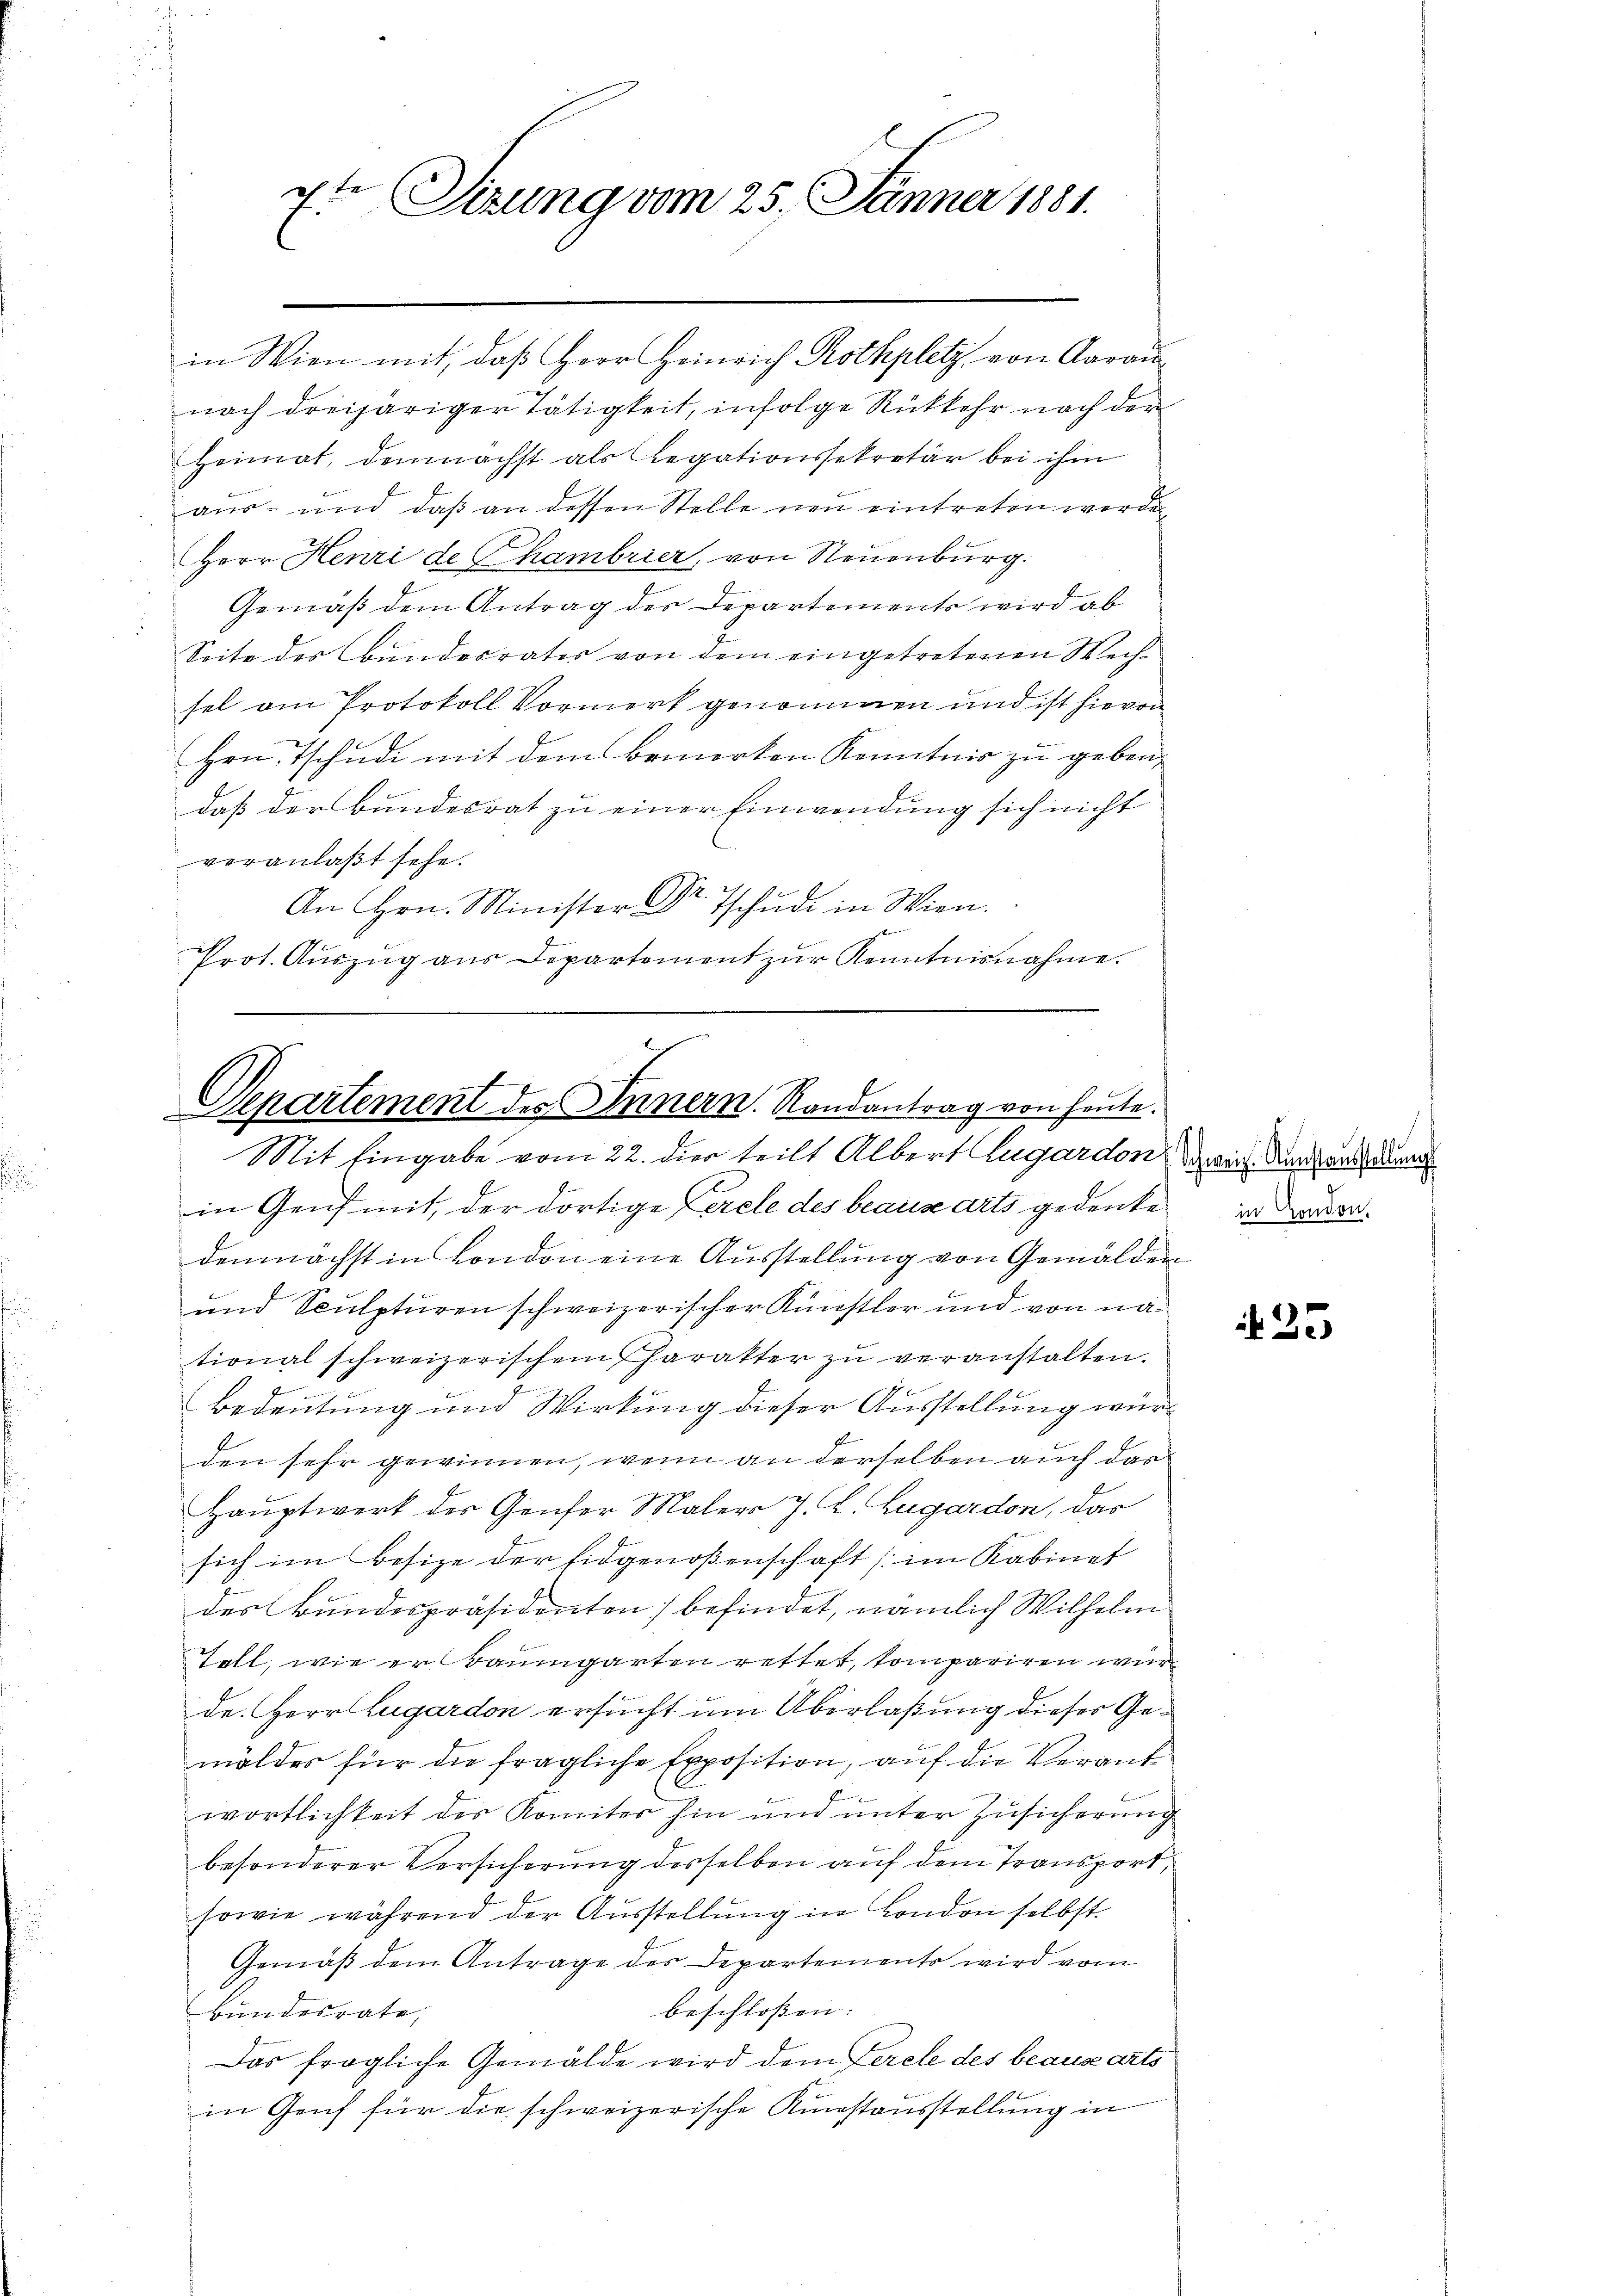
in Wien mit, daß Herr Heinrich Rothplatz, von Aarau
nach dreijäriger Tätigkeit, infolge Rückkehr nach der
Heimat, demnächst als Legationssekretär bei ihm
aus- und daß an dessen Stelle neu eintreten werden,
Herr Henri de Chambrier, von Neuenburg.
Gemäß dem Antrag der Departements wird ab
Seite des Bundesrates von dem eingetretenen Wechsel am Protokoll Vormerk genommen und ist hievon
Hrn. Tschudi mit dem Bemerken Kenntnis zu geben,
daß der Bundesrat zu einer Einwendung sich nicht
veranlaßt sehe.
An Hrn. Minister Dr.
tschudi in Wien.
Prot. Aŭszŭg aŭs Departement zŭr Kenntnisnahme.

2
te Sizung vom 25. Jänner 1881.

Departement des Innern. Randantrag von heute.
Mit Eingabe vom 22. dies teilt Albert Lugardon, wird. Dankbar au

in Genf mit, der dortige Percle des beause arts gedenke
demnächst in London eine Ausstellung von Gemälden
und Sculpturen schweizerischer Künstler und von nätional schweizerischem Charakter zu veranstalten.
Bedeutung und Wirkung dieser Ausstellung würden sehr gewinnen, wenn an derselben auch das
Hauptwerk des Genfer Malers J. L. Zugardon, das
sich im Besize der Eidgenoßenschaft (im Kabinet
des Bundespräsidenten befindet, nämlich Wilhelm
Talt, wie er Baumgarten rettet, kompariren wur
de. Herr Lugardon ersucht um Überlaßung dieses Gemäldes für die fragliche Exposition, auf die Verant
wortlichkeit des Komiter hin und unter Zusicherung
besonderer Versicherung desselben auf dem Transport,
sowie während der Ausstellung in London selbst.
Gemäß dem Antrage des Departements wird vom
beschloßen:
Bundesrate,
Das fragliche Gemälde wird dem Fercle des beaux arts
in Genf für die schweizerische Kunstausstellung in

in London.

25